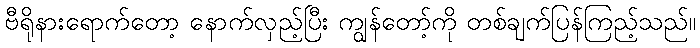
ဗီရိုနားရောက်တော့ နောက်လှည့်ပြီး ကျွန်တော့်ကို တစ်ချက်ပြန်ကြည့်သည်။